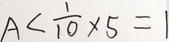
A < \frac { 1 } { 1 0 } \times 5 = 1